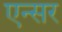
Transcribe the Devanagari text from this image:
एन्सर